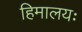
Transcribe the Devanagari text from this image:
हिमालयः